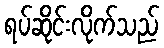
ရပ်ဆိုင်းလိုက်သည်